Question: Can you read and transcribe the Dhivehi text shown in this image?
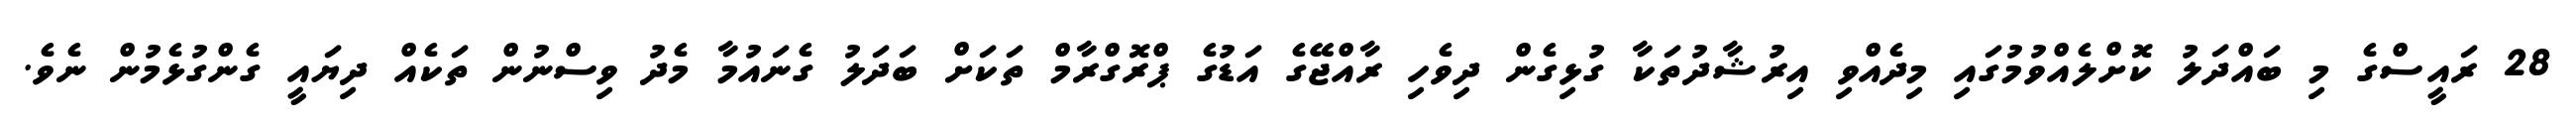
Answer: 28 ރައީސްގެ މި ބައްދަލު ކޮށްލެއްވުމުގައި މިދެއްވި އިރުޝާދުތަކާ ގުޅިގެން ދިވެހި ރާއްޖޭގެ އަޑުގެ ޕްރޮގްރާމް ތަކަށް ބަދަލު ގެނައުމާ މެދު ވިސްނުން ތަކެއް ދިޔައީ ގެންގުޅެމުން ނެވެ.